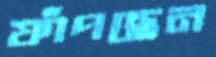
ফাঁপছেন